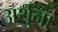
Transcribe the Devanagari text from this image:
अर्थुना